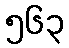
၅၆၃